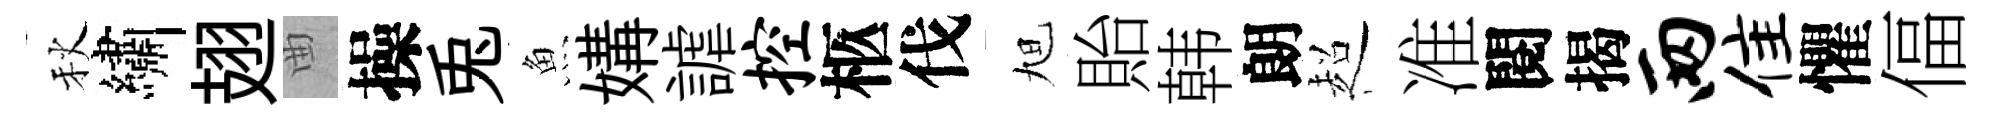
秋繡翅曲操兎魚媾謔控柩伐旭貽韩朗超准閱揭两隹懼偪